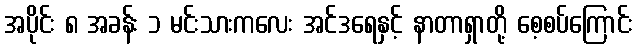
အပိုင်း ၈ အခန်း ၁ မင်းသားကလေး အင်ဒရေနှင့် နာတာရှာတို့ စေ့စပ်ကြောင်း